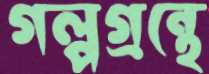
গল্পগ্রন্থে